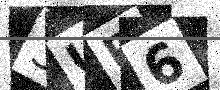
Text: 3UR6